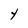
Character: Y